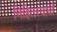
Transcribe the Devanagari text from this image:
निहितस्वार्थों